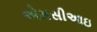
એમસીઆઇ